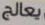
يعالج